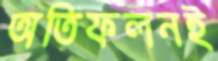
অতিফলনই